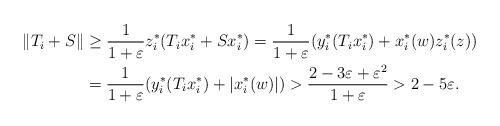
LaTeX: \begin{align*} \|T_i + S\| &\ge \frac{1}{1+\varepsilon} z_i^*(T_i x_i^* + Sx_i^*) = \frac{1}{1+\varepsilon} (y_i^*(T_i x_i^*) + x_i^*(w)z_i^*(z)) \\ &= \frac{1}{1+\varepsilon} (y_i^*(T_i x_i^*) + |x_i^*(w)|) > \frac{2-3\varepsilon+\varepsilon^2}{1+\varepsilon} > 2 - 5 \varepsilon. \end{align*}